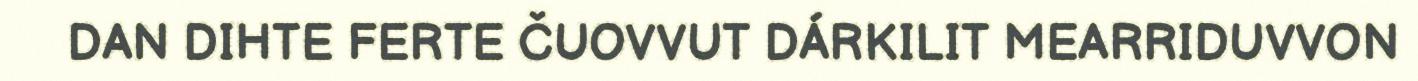
DAN DIHTE FERTE ČUOVVUT DÁRKILIT MEARRIDUVVON